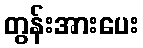
တွန်းအားပေး